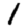
Digit: 1